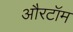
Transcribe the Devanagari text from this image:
औरटॉम